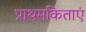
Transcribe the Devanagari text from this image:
प्राथमकिताएं